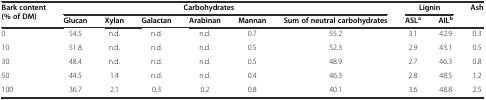
<table><thead><tr><td rowspan="2"><b>Bark content (% of DM)</b></td><td colspan="6"><b>Carbohydrates</b></td><td colspan="2"><b>Lignin</b></td><td rowspan="2"><b>Ash</b></td></tr><tr><td><b>Glucan</b></td><td><b>Xylan</b></td><td><b>Galactan</b></td><td><b>Arabinan</b></td><td><b>Mannan</b></td><td><b>Sum of neutral carbohydrates</b></td><td><b>ASL<sup>a</sup></b></td><td><b>AIL<sup>b</sup></b></td></tr></thead><tbody><tr><td>0</td><td>54.5</td><td>n.d.</td><td>n.d.</td><td>n.d.</td><td>0.7</td><td>55.2</td><td>3.1</td><td>42.9</td><td>0.3</td></tr><tr><td>10</td><td>51.8</td><td>n.d.</td><td>n.d.</td><td>n.d.</td><td>0.5</td><td>52.3</td><td>2.9</td><td>43.1</td><td>0.5</td></tr><tr><td>30</td><td>48.4</td><td>n.d.</td><td>n.d.</td><td>n.d.</td><td>0.5</td><td>48.9</td><td>2.7</td><td>46.3</td><td>0.8</td></tr><tr><td>50</td><td>44.5</td><td>1.4</td><td>n.d.</td><td>n.d.</td><td>0.4</td><td>46.3</td><td>2.8</td><td>48.5</td><td>1.2</td></tr><tr><td>100</td><td>36.7</td><td>2.1</td><td>0.3</td><td>0.2</td><td>0.8</td><td>40.1</td><td>3.6</td><td>48.8</td><td>2.5</td></tr></tbody></table>